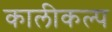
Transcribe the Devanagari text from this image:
कालीकल्प